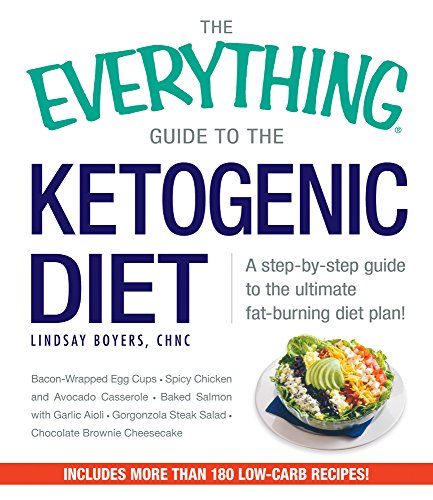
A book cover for The Everything Guide To The Ketogenic Diet: A Step-by-Step Guide to the Ultimate Fat-Burning Diet Plan! (Everything: Cooking); Lindsay Boyers; Health, Fitness & Dieting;